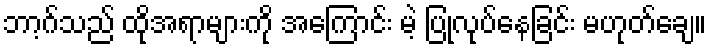
ဘာ့ဂ်သည် ထိုအရာများကို အကြောင်း မဲ့ ပြုလုပ်နေခြင်း မဟုတ်ချေ။